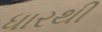
ધારથી